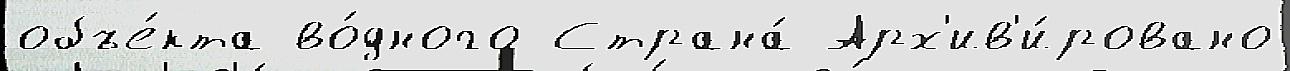
объе́кта во́дного Страна́ Арх'ив'и́ровано